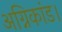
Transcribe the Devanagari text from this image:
अग्निकांड।